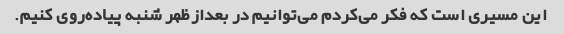
این مسیری است که فکر می‌کردم می‌توانیم در بعدازظهر شنبه پیاده‌روی کنیم.